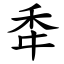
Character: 䄵